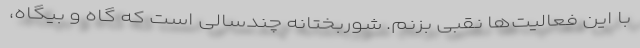
با این فعالیت‌ها نقبی بزنم. شوربختانه چندسالی است که گاه و بیگاه،